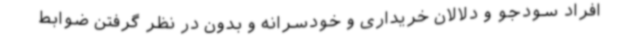
افراد سودجو و دلالان خریداری و خودسرانه و بدون در نظر گرفتن ضوابط